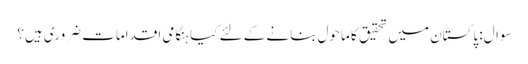
سوال: پاکستان میں تحقیق کا ماحول بنانے کے لئے کیا ہنگامی اقدامات ضروری ہیں؟